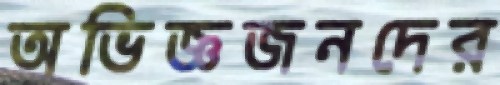
অভিজ্ঞজনদের